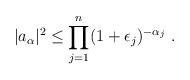
LaTeX: \begin{align*} |a_{\alpha}|^2\leq \prod_{j=1}^n (1+\epsilon_j)^{-\alpha_j}\ .\end{align*}